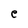
Character: e